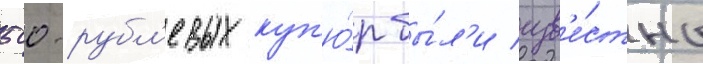
500-рубл'евых куп'ю́р бы́л'и изв'е́стны